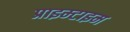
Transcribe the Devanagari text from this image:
प्राइम्टाइम